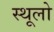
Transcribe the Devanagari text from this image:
स्थूलो